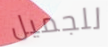
للجميل